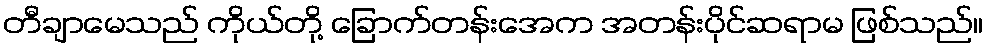
တီချာမေသည် ကိုယ်တို့ ခြောက်တန်းအေက အတန်းပိုင်ဆရာမ ဖြစ်သည်။